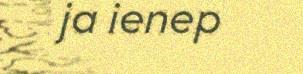
ja ienep